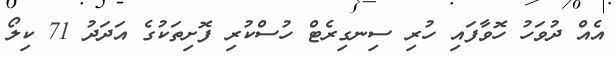
އެއް ދުވަހު ހޮވާފައި ހުރި ސިނގިރެޓް ހުސްކުރި ފޮށިތަކުގެ އަދަދު 71 ކިލޯ